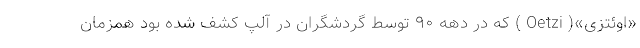
«اوئتزی»( Oetzi ) که در دهه ۹۰ توسط گردشگران در آلپ کشف شده بود همزمان